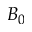
B _ { 0 }